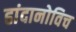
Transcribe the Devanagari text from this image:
हांदानोविच